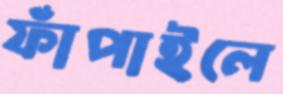
ফাঁপাইলে